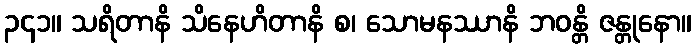
၃၄၁။ သရိတာနိ သိနေဟိတာနိ စ၊ သောမနဿာနိ ဘဝန္တိ ဇန္တုနော။